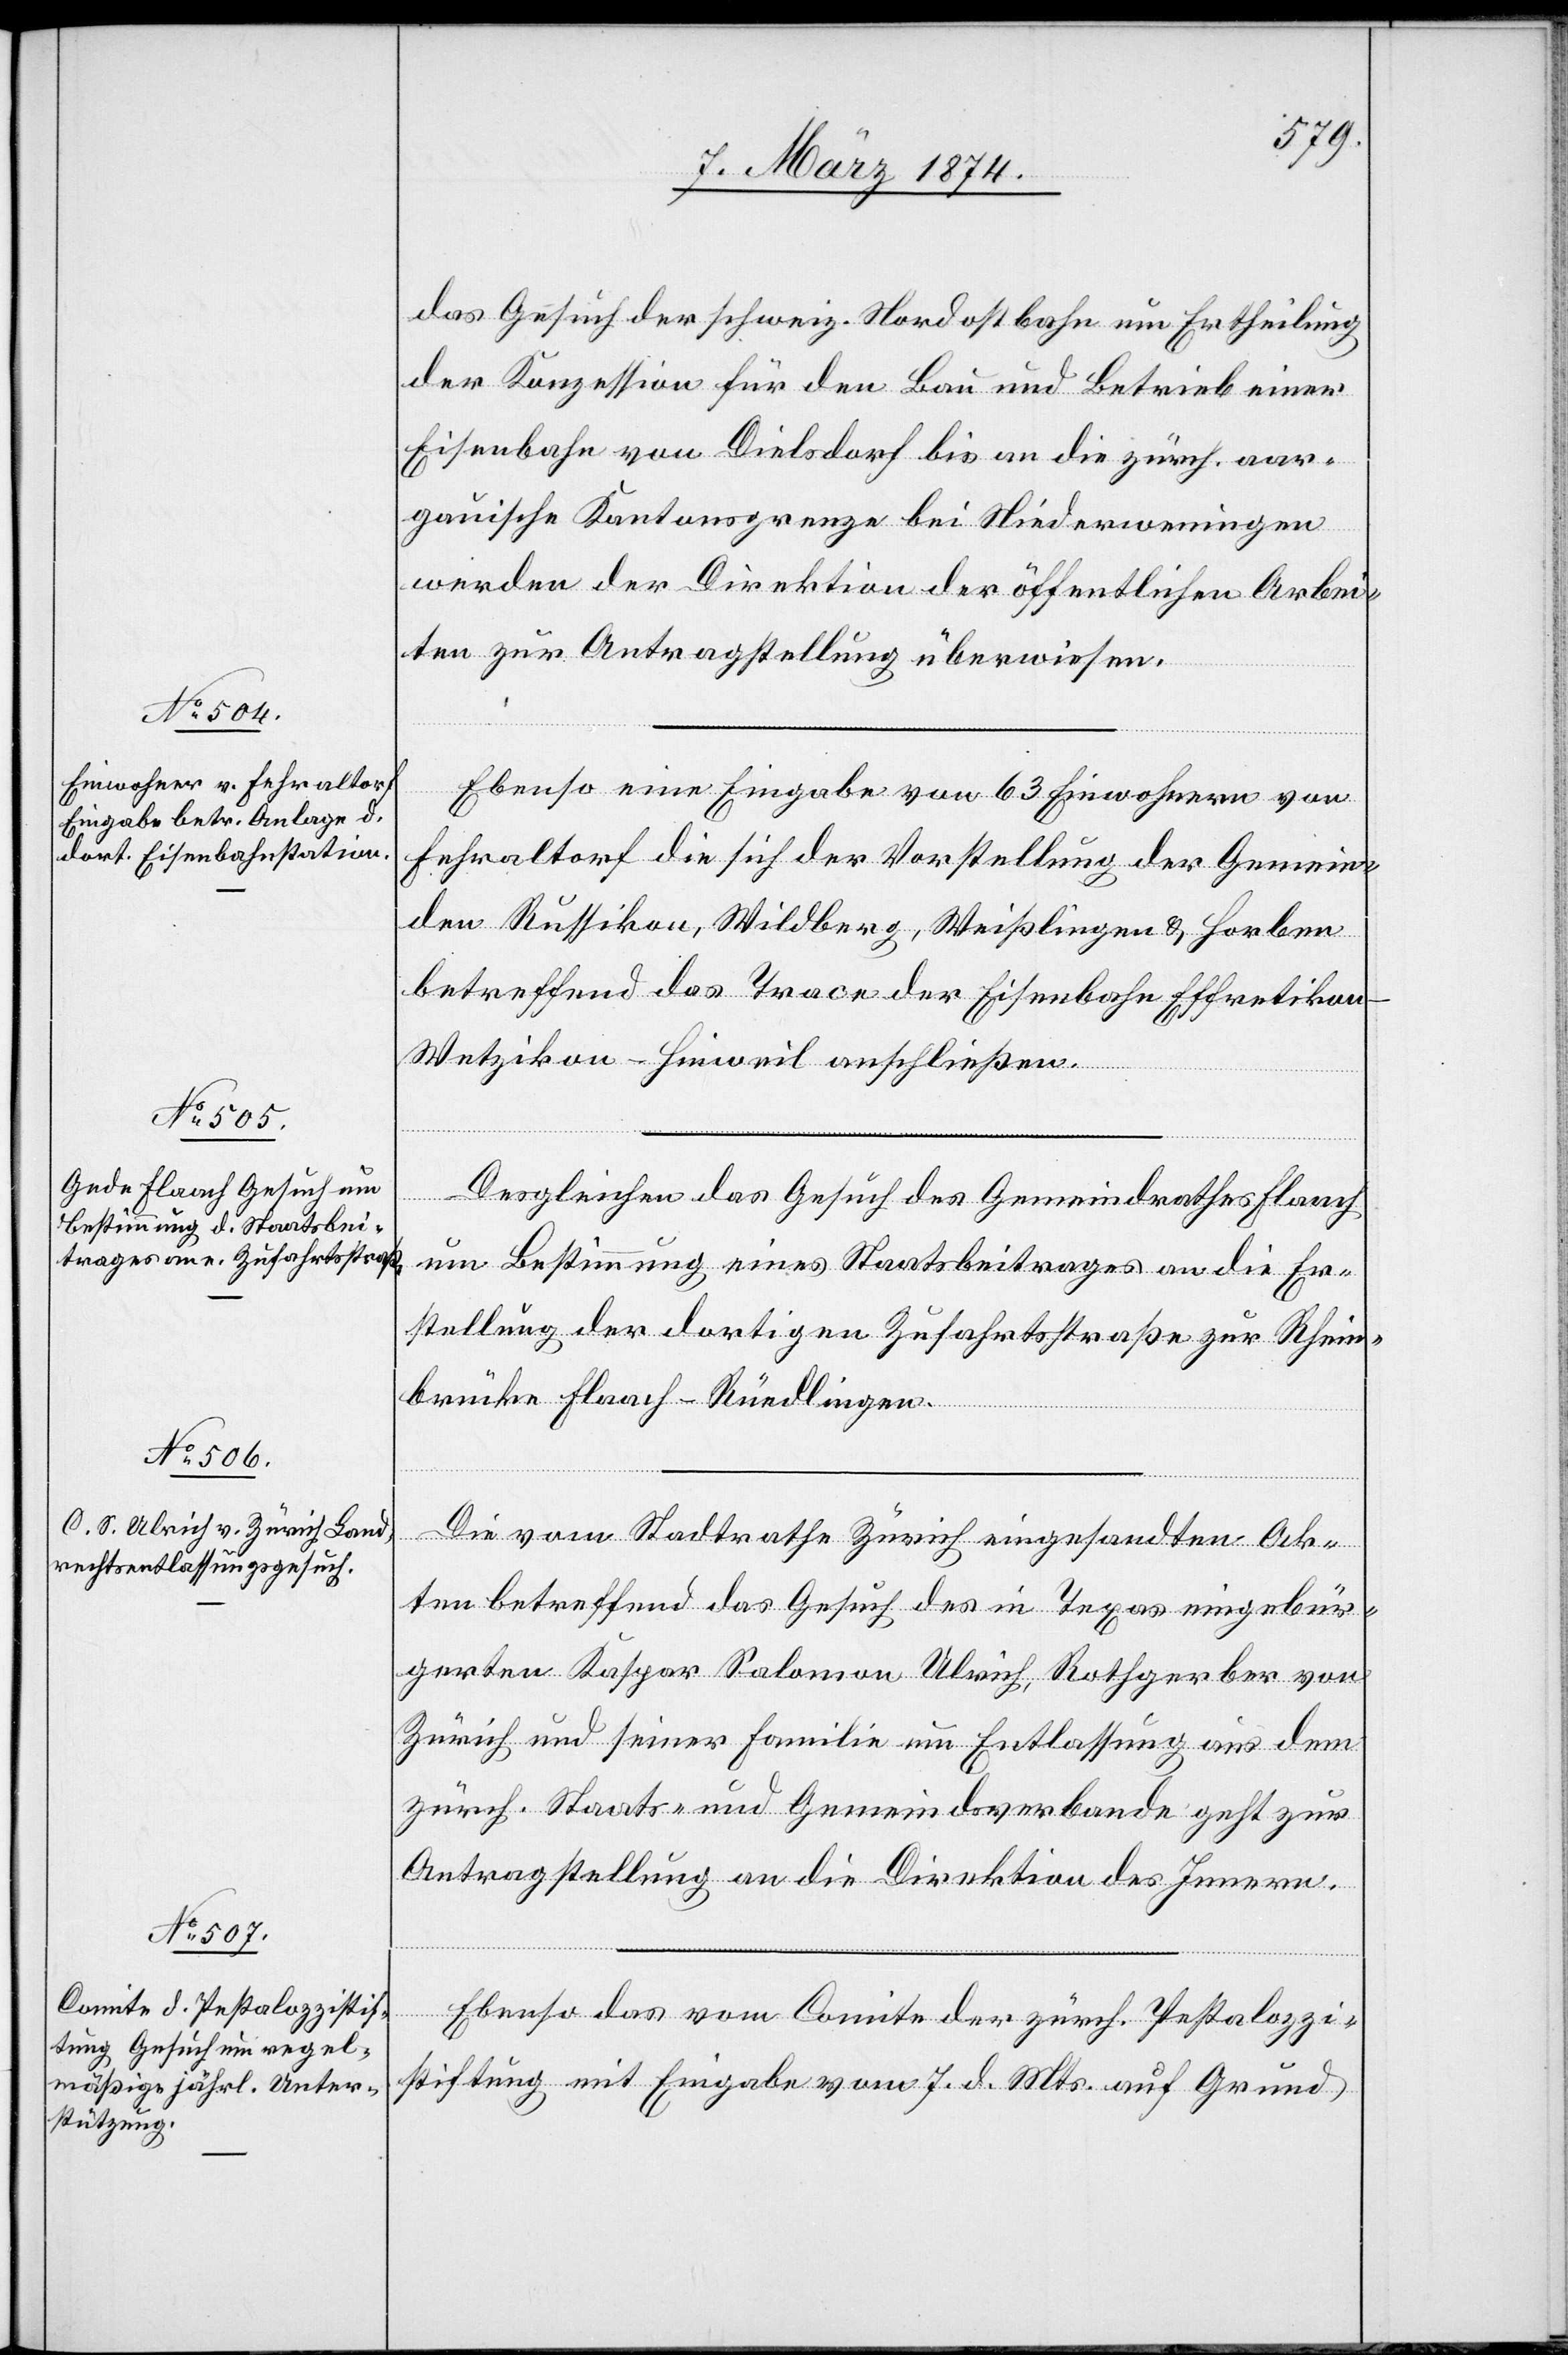
11. März 1874.]
das Gesuch der schweiz. Nordostbahn um Ertheilung
der Konzession für den Bau und Betrieb einer
Eisenbahn von Dielsdorf an die zürch. aar¬
gauische Kantonsgrenze bei Niederweningen
werden der Direktion der öffentlichen Arbei¬
ten zur Antragstelleng überwiesen.
Ebenso eine Eingabe von 63 Einwohnern von
Fehraltorf die sich der Vorstellung der Gemein¬
den Russikon, Wildberg, Weißlingen u. Horben
betreffend des Trace der Eisenbahn Effretiko¬
n-Wetzikon-Hinweil anschließen.
Desgleichen das Gesuch des Gemeindrathes Flaach
um Bestimmung eines Staatsbeitrages an die Er¬
stellung der dortigen Zufahrtsstraße zur Rein¬
brücke Flaach-Rüedlingen.
Die vom Stadtrathe Zürich eingesandten Ak¬
ten betreffend das Gesuch des in Texas eingebür¬
gerten Kaspar [sic!] Salomon Ulrich, Rothgerber von
Zürich und seiner Familie um Entlassung aus dem
zürch. Staats- und Gemeindsverbande geht zur
Antragstellung an die Direktion des Innern.
Ebenso das vom Comite der zürch. Pestalozzi¬
stiftung mit Eingabe vom 7. d. Mts. auf Grund